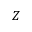
Z